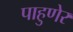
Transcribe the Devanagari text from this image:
पाहुणेर